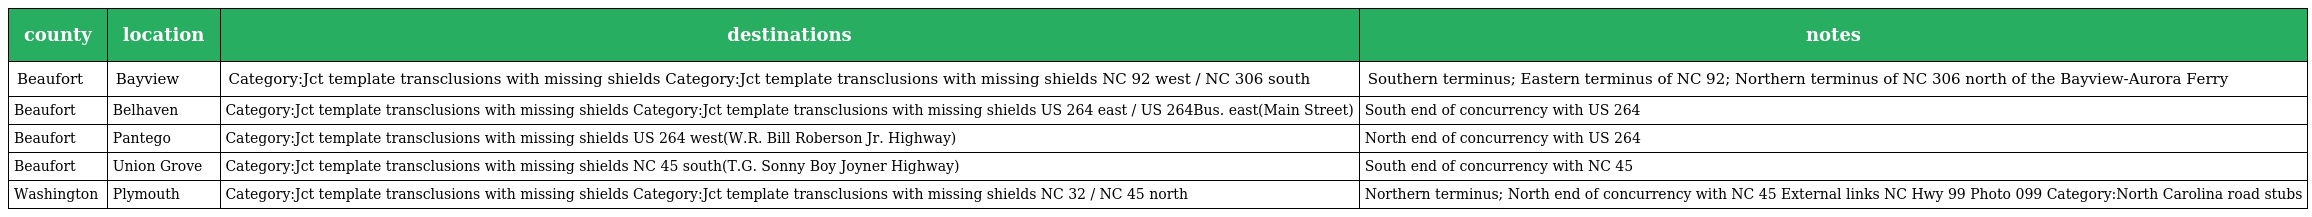
| county | location | destinations | notes |
 | --- | --- | --- | --- |
 | Beaufort | Bayview | Category:Jct template transclusions with missing shields Category:Jct template transclusions with missing shields NC 92 west / NC 306 south | Southern terminus; Eastern terminus of NC 92; Northern terminus of NC 306 north of the Bayview-Aurora Ferry |
 | Beaufort | Belhaven | Category:Jct template transclusions with missing shields Category:Jct template transclusions with missing shields US 264 east / US 264Bus. east(Main Street) | South end of concurrency with US 264 |
 | Beaufort | Pantego | Category:Jct template transclusions with missing shields US 264 west(W.R. Bill Roberson Jr. Highway) | North end of concurrency with US 264 |
 | Beaufort | Union Grove | Category:Jct template transclusions with missing shields NC 45 south(T.G. Sonny Boy Joyner Highway) | South end of concurrency with NC 45 |
 | Washington | Plymouth | Category:Jct template transclusions with missing shields Category:Jct template transclusions with missing shields NC 32 / NC 45 north | Northern terminus; North end of concurrency with NC 45 External links NC Hwy 99 Photo 099 Category:North Carolina road stubs |